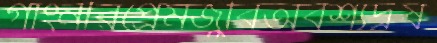
গাংনীরপ্রেমজুরিঅবশ্যদ্রষ